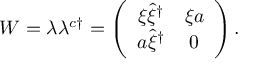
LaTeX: W = \lambda \lambda ^ { c \dag } = \left( \begin{array} { c c } { { \xi \hat { \xi } ^ { \dag } } } & { { \xi a } } \\ { { a \hat { \xi } ^ { \dag } } } & { { 0 } } \end{array} \right) .